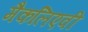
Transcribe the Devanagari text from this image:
मैकलिएवी